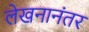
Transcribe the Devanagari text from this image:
लेखनानंतर